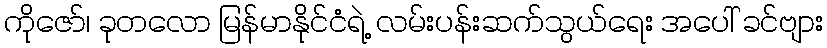
ကိုဇော်၊ ခုတလော မြန်မာနိုင်ငံရဲ့ လမ်းပန်းဆက်သွယ်ရေး အပေါ် ခင်ဗျား